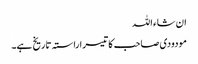
ان شاء اللہ
مودودی صاحب کا تیسرا راستہ تاریخ ہے۔